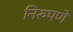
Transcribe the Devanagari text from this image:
निरुपणे